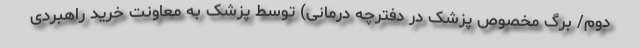
دوم/ برگ مخصوص پزشک در دفترچه درمانی) توسط پزشک به معاونت خرید راهبردی